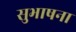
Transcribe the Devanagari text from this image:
सुभाषना